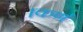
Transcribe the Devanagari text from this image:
।कर्ण